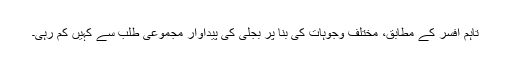
تاہم افسر کے مطابق، مختلف وجوہات کی بنا پر بجلی کی پیداوار مجموعی طلب سے کہیں کم رہی۔